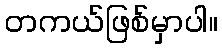
တကယ်ဖြစ်မှာပါ။